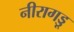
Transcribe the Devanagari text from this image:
नीरागड्डू